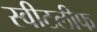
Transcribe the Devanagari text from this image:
स्वीटलीफ